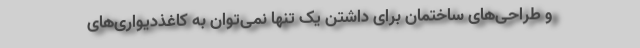
و طراحی‌های ساختمان برای داشتن یک تنها نمی‌توان به کاغذدیواری‌های